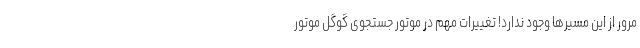
مرور از این مسیرها وجود ندارد! تغییرات مهم در موتور جستجوی گوگل موتور